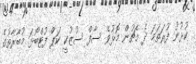
ކުޅުނު ފުރަތަަމަ ދެ މެޗުން މޮޅުވެ ސާފް ސުޒުކީ ކަޕް ފުޓްބޯޅަ މުބާރާތުގެ